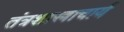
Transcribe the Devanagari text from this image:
तंत्रशास्त्राचार्य